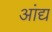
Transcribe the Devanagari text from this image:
आंद्य